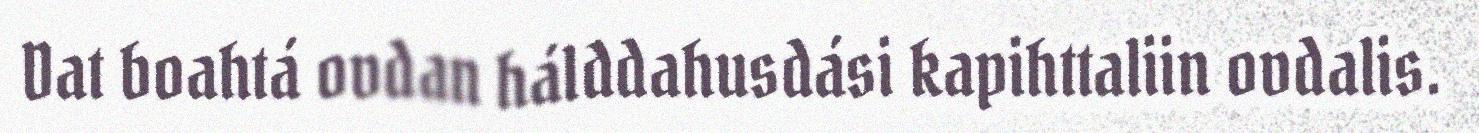
Dat boahtá ovdan hálddahusdási kapihttaliin ovdalis.